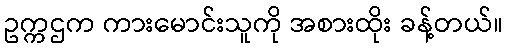
ဥက္ကဌက ကားမောင်းသူကို အစားထိုး ခန့်တယ်။